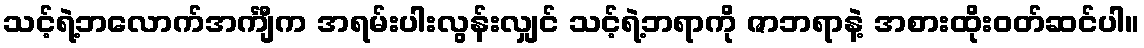
သင့်ရဲ့ဘလောက်အင်္ကျီက အရမ်းပါးလွန်းလျှင် သင့်ရဲ့ဘရာကို ဇာဘရာနဲ့ အစားထိုးဝတ်ဆင်ပါ။